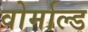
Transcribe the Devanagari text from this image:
वोर्माल्ड